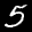
Label: 5